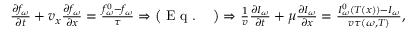
\begin{array} { r } { \frac { \partial f _ { \omega } } { \partial t } + v _ { x } \frac { \partial f _ { \omega } } { \partial x } = \frac { f _ { \omega } ^ { 0 } - f _ { \omega } } { \tau } \Rightarrow \big ( \textrm { E q . ~ } \big ) \Rightarrow \frac { 1 } { v } \frac { \partial I _ { \omega } } { \partial t } + \mu \frac { \partial I _ { \omega } } { \partial x } = \frac { I _ { \omega } ^ { 0 } ( T ( x ) ) - I _ { \omega } } { v \tau ( \omega , T ) } , } \end{array}